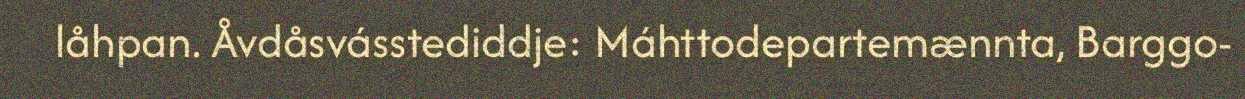
låhpan. Åvdåsvásstediddje: Máhttodepartemænnta, Barggo-